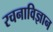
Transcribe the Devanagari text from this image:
रचनाविज्ञान